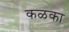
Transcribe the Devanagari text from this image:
कळका